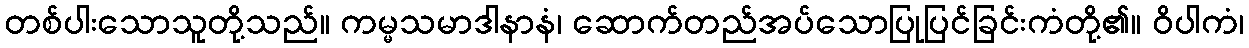
တစ်ပါးသောသူတို့သည်။ ကမ္မသမာဒါနာနံ၊ ဆောက်တည်အပ်သောပြုပြင်ခြင်းကံတို့၏။ ဝိပါကံ၊